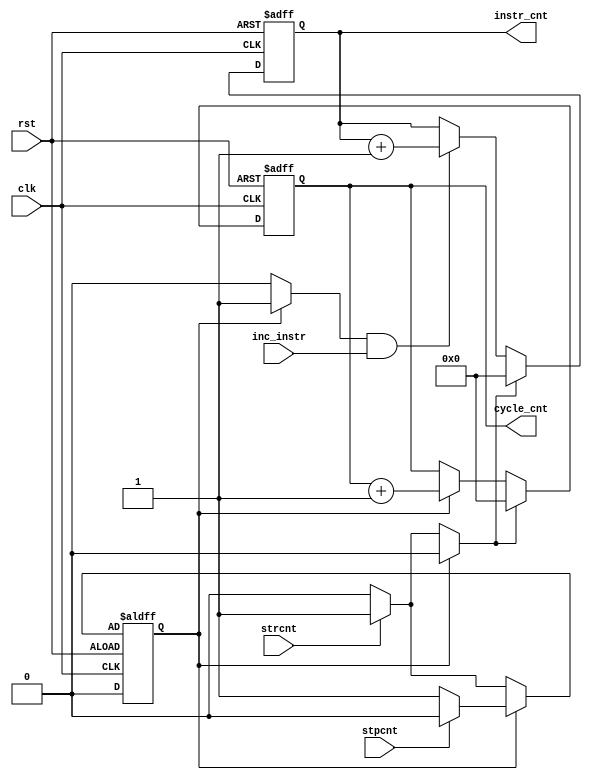
module perf_counter(
    input strcnt, stpcnt,    //from write-back stage
    input clk, rst,
    input inc_instr,         //from write-back stage
    output reg [15:0] instr_cnt, cycle_cnt
);

localparam IDLE = 1'b0;
localparam CNT = 1'b1;

reg state, nstate;

reg clr_cnt, enb_cnt;

always @(posedge clk or negedge rst) begin
    if (rst) 
        state <= 0;
    else
        state <= nstate;
end

always @(state or strcnt or stpcnt) begin
    clr_cnt = 0;
    enb_cnt = 0;
    nstate = IDLE;
    case (state) 
        IDLE: begin 
              if (strcnt) begin
                  nstate = CNT;
                  clr_cnt = 1;
             end else begin
                  nstate = IDLE;
             end
       end
       default: begin
             enb_cnt = 1;
             if (stpcnt) 
                 nstate = IDLE;
             else 
                 nstate = CNT; 
       end
   endcase
end

always @(posedge clk or posedge rst) begin
     if (rst) 
         instr_cnt <= 0;
     else if (clr_cnt)
         instr_cnt <= 0;
     else if (enb_cnt && inc_instr)               //instruction counter only increase when receiving inc signal from WB/retire stage
         instr_cnt <= instr_cnt + 1;
end

always @(posedge clk or posedge rst) begin
     if (rst) 
         cycle_cnt <= 0;
     else if (clr_cnt)
         cycle_cnt <= 0;
     else if (enb_cnt)                   //cycle counter increases every cycle if enable is asserted
         cycle_cnt <= cycle_cnt + 1;
end


endmodule